Indian Medical Review
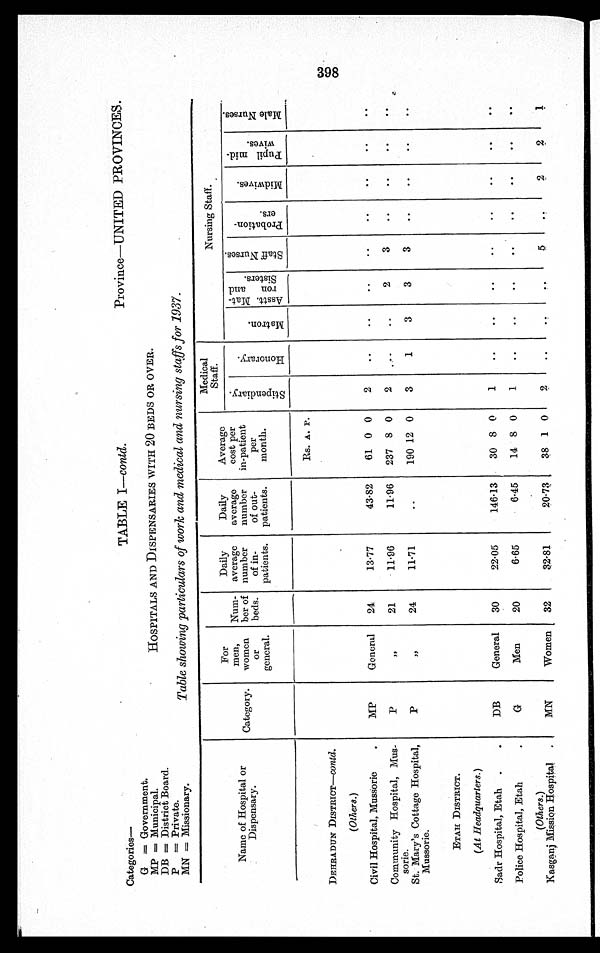
Categories—
G = Government.
MP = Municipal.
DB = District Board.
P = Private.
MN = Missionary.
TABLE I—contd.
Province—UNITED PROVINCES.
HOSPITALS AND DISPENSARIES WITH 20 BEDS OR OVER.
Table showing particulars of work and medical and nursing staffs for 1937.
Name of Hospital or
Dispensary.
Category.
For
men,
women
or
general.
Num
-ber of
beds.
Daily
average
number
of in-
patients.
Daily
average
number
of out-
patients.
Average
cost per
in-patient
per
month.
Medical
Staff.
N u r s i n g S t a f f .
S t i p e n d i a r y .
H o n o r a r y .
M a t r o n .
A s s t t . M a t - r o n a n d S i s t e r s .
S t a f f N u r s e s .
P r o b a t i o n - e r s .
M i d w i v e s .
P u p i l m i d - w i v e s .
M a l e N u r s e s .
Rs. A. P.
DEHRADUN DISTRICT—c o n t d .
(Others. )
Civil Hospital, Mussorie
MP
General 24
13.77
43.82 61 0 0 2
Community Hospital, Mus-
sorie.
P
"
21 11.96
11.96 237 8 0 2
2
3
St. Mary's Cottage Hospital,
Mussorie.
P
" 24
11.71
190 12 0 3
1
3
3
3
ETAH DISTRICT.
(At Headquarters. )
Sadr Hospital, Etah
DB
General 30
22.05
146.13 30 8 0 1
Police Hospital, Etah
G
Men
20
6.65
6.45 14 8 0 1
(Others.)
Kasganj Mission Hospital
MN
Women 32
32.81
20.73 38 1 0 2
5
2
2
1
C398